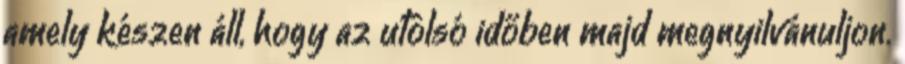
amely készen áll, hogy az utolsó időben majd megnyilvánuljon.